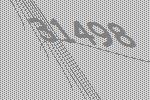
31498